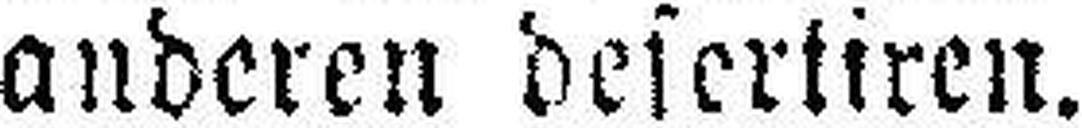
anderen desertiren.